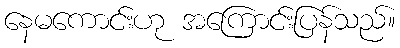
နေမကောင်းဟု အကြောင်းပြန်သည်။